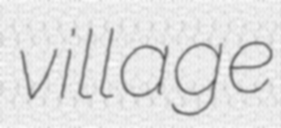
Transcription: village